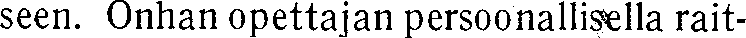
seen. Onhan opettajan persoonallisella rait-